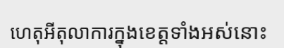
ហេតុអីតុលាការក្នុងខេត្តទាំងអស់នោះ